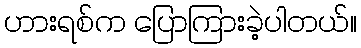
ဟားရစ်က ပြောကြားခဲ့ပါတယ်။